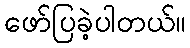
ဖော်ပြခဲ့ပါတယ်။